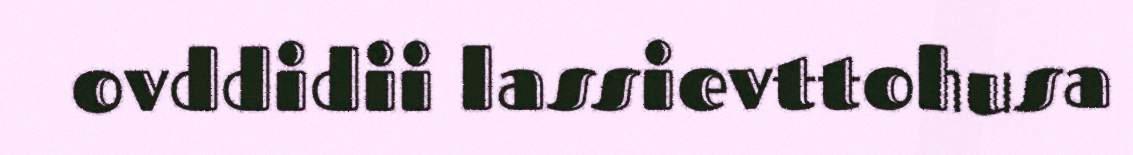
ovddidii lassievttohusa